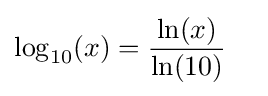
\log _{10}(x)={\frac {\ln(x)}{\ln(10)}}\quad